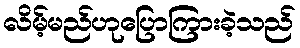
လိမ့်မည်ဟုပြောကြားခဲ့သည်